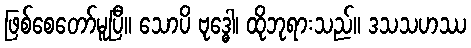
ဖြစ်စေတော်မူပြီ။ သောပိ ဗုဒ္ဓေါ၊ ထိုဘုရားသည်။ ဒသသဟဿ